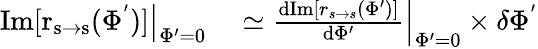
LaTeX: \begin{array}{rl}{\left.\mathrm{Im[r_{s\rightarrow s}(\Phi^{'})]}\right|_{\Phi^{\prime}=0}}&{{}\simeq\left.\frac{\mathrm{d}\mathrm{Im}[r_{s\rightarrow s}(\Phi^{\prime})]}{\mathrm{d}\Phi^{\prime}}\right|_{\Phi^{\prime}=0}\times\delta\Phi^{'}}\end{array}